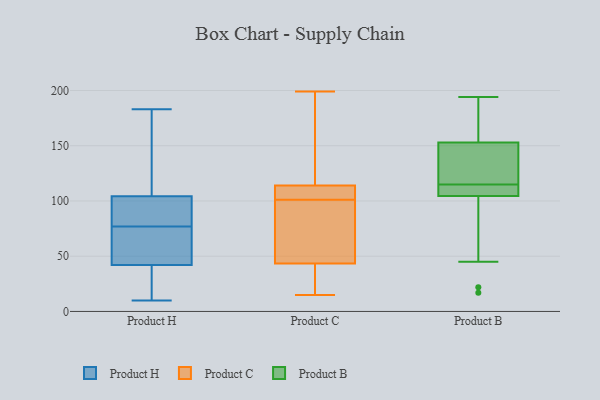
{"axis": {"x": "Churn Rate (%)", "y": "Value"}, "legend": ["Product B", "Product C", "Product H"], "data": [{"x": "", "y": 10, "type": "Product H"}, {"x": "", "y": 86, "type": "Product H"}, {"x": "", "y": 99, "type": "Product H"}, {"x": "", "y": 43, "type": "Product H"}, {"x": "", "y": 71, "type": "Product H"}, {"x": "", "y": 71, "type": "Product H"}, {"x": "", "y": 26, "type": "Product H"}, {"x": "", "y": 88, "type": "Product H"}, {"x": "", "y": 118, "type": "Product H"}, {"x": "", "y": 114, "type": "Product H"}, {"x": "", "y": 20, "type": "Product H"}, {"x": "", "y": 101, "type": "Product H"}, {"x": "", "y": 183, "type": "Product H"}, {"x": "", "y": 54, "type": "Product H"}, {"x": "", "y": 39, "type": "Product H"}, {"x": "", "y": 77, "type": "Product H"}, {"x": "", "y": 118, "type": "Product H"}, {"x": "", "y": 199, "type": "Product C"}, {"x": "", "y": 47, "type": "Product C"}, {"x": "", "y": 104, "type": "Product C"}, {"x": "", "y": 115, "type": "Product C"}, {"x": "", "y": 181, "type": "Product C"}, {"x": "", "y": 142, "type": "Product C"}, {"x": "", "y": 106, "type": "Product C"}, {"x": "", "y": 106, "type": "Product C"}, {"x": "", "y": 15, "type": "Product C"}, {"x": "", "y": 40, "type": "Product C"}, {"x": "", "y": 35, "type": "Product C"}, {"x": "", "y": 40, "type": "Product C"}, {"x": "", "y": 69, "type": "Product C"}, {"x": "", "y": 70, "type": "Product C"}, {"x": "", "y": 98, "type": "Product C"}, {"x": "", "y": 113, "type": "Product C"}, {"x": "", "y": 154, "type": "Product B"}, {"x": "", "y": 45, "type": "Product B"}, {"x": "", "y": 105, "type": "Product B"}, {"x": "", "y": 104, "type": "Product B"}, {"x": "", "y": 116, "type": "Product B"}, {"x": "", "y": 17, "type": "Product B"}, {"x": "", "y": 180, "type": "Product B"}, {"x": "", "y": 113, "type": "Product B"}, {"x": "", "y": 141, "type": "Product B"}, {"x": "", "y": 124, "type": "Product B"}, {"x": "", "y": 171, "type": "Product B"}, {"x": "", "y": 114, "type": "Product B"}, {"x": "", "y": 22, "type": "Product B"}, {"x": "", "y": 152, "type": "Product B"}, {"x": "", "y": 194, "type": "Product B"}, {"x": "", "y": 108, "type": "Product B"}]}